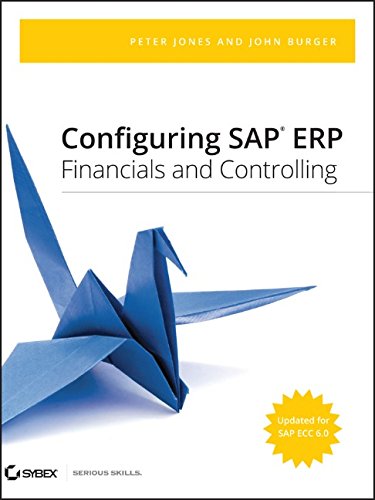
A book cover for Configuring SAP ERP Financials and Controlling; Peter Jones; Computers & Technology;